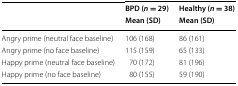
<table><thead><tr><td rowspan="2"></td><td><b>BPD (<i>n</i> = 29)</b></td><td><b>Healthy (<i>n</i> = 38)</b></td></tr><tr><td><b>Mean (SD)</b></td><td><b>Mean (SD)</b></td></tr></thead><tbody><tr><td>Angry prime (neutral face baseline)</td><td>106 (168)</td><td>86 (161)</td></tr><tr><td>Angry prime (no face baseline)</td><td>115 (159)</td><td>65 (133)</td></tr><tr><td>Happy prime (neutral face baseline)</td><td>70 (172)</td><td>81 (196)</td></tr><tr><td>Happy prime (no face baseline)</td><td>80 (155)</td><td>59 (190)</td></tr></tbody></table>